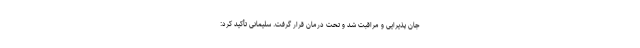
جان پذیرایی و مراقبت شد و تحت درمان قرار گرفت. سلیمانی تأکید کرد: